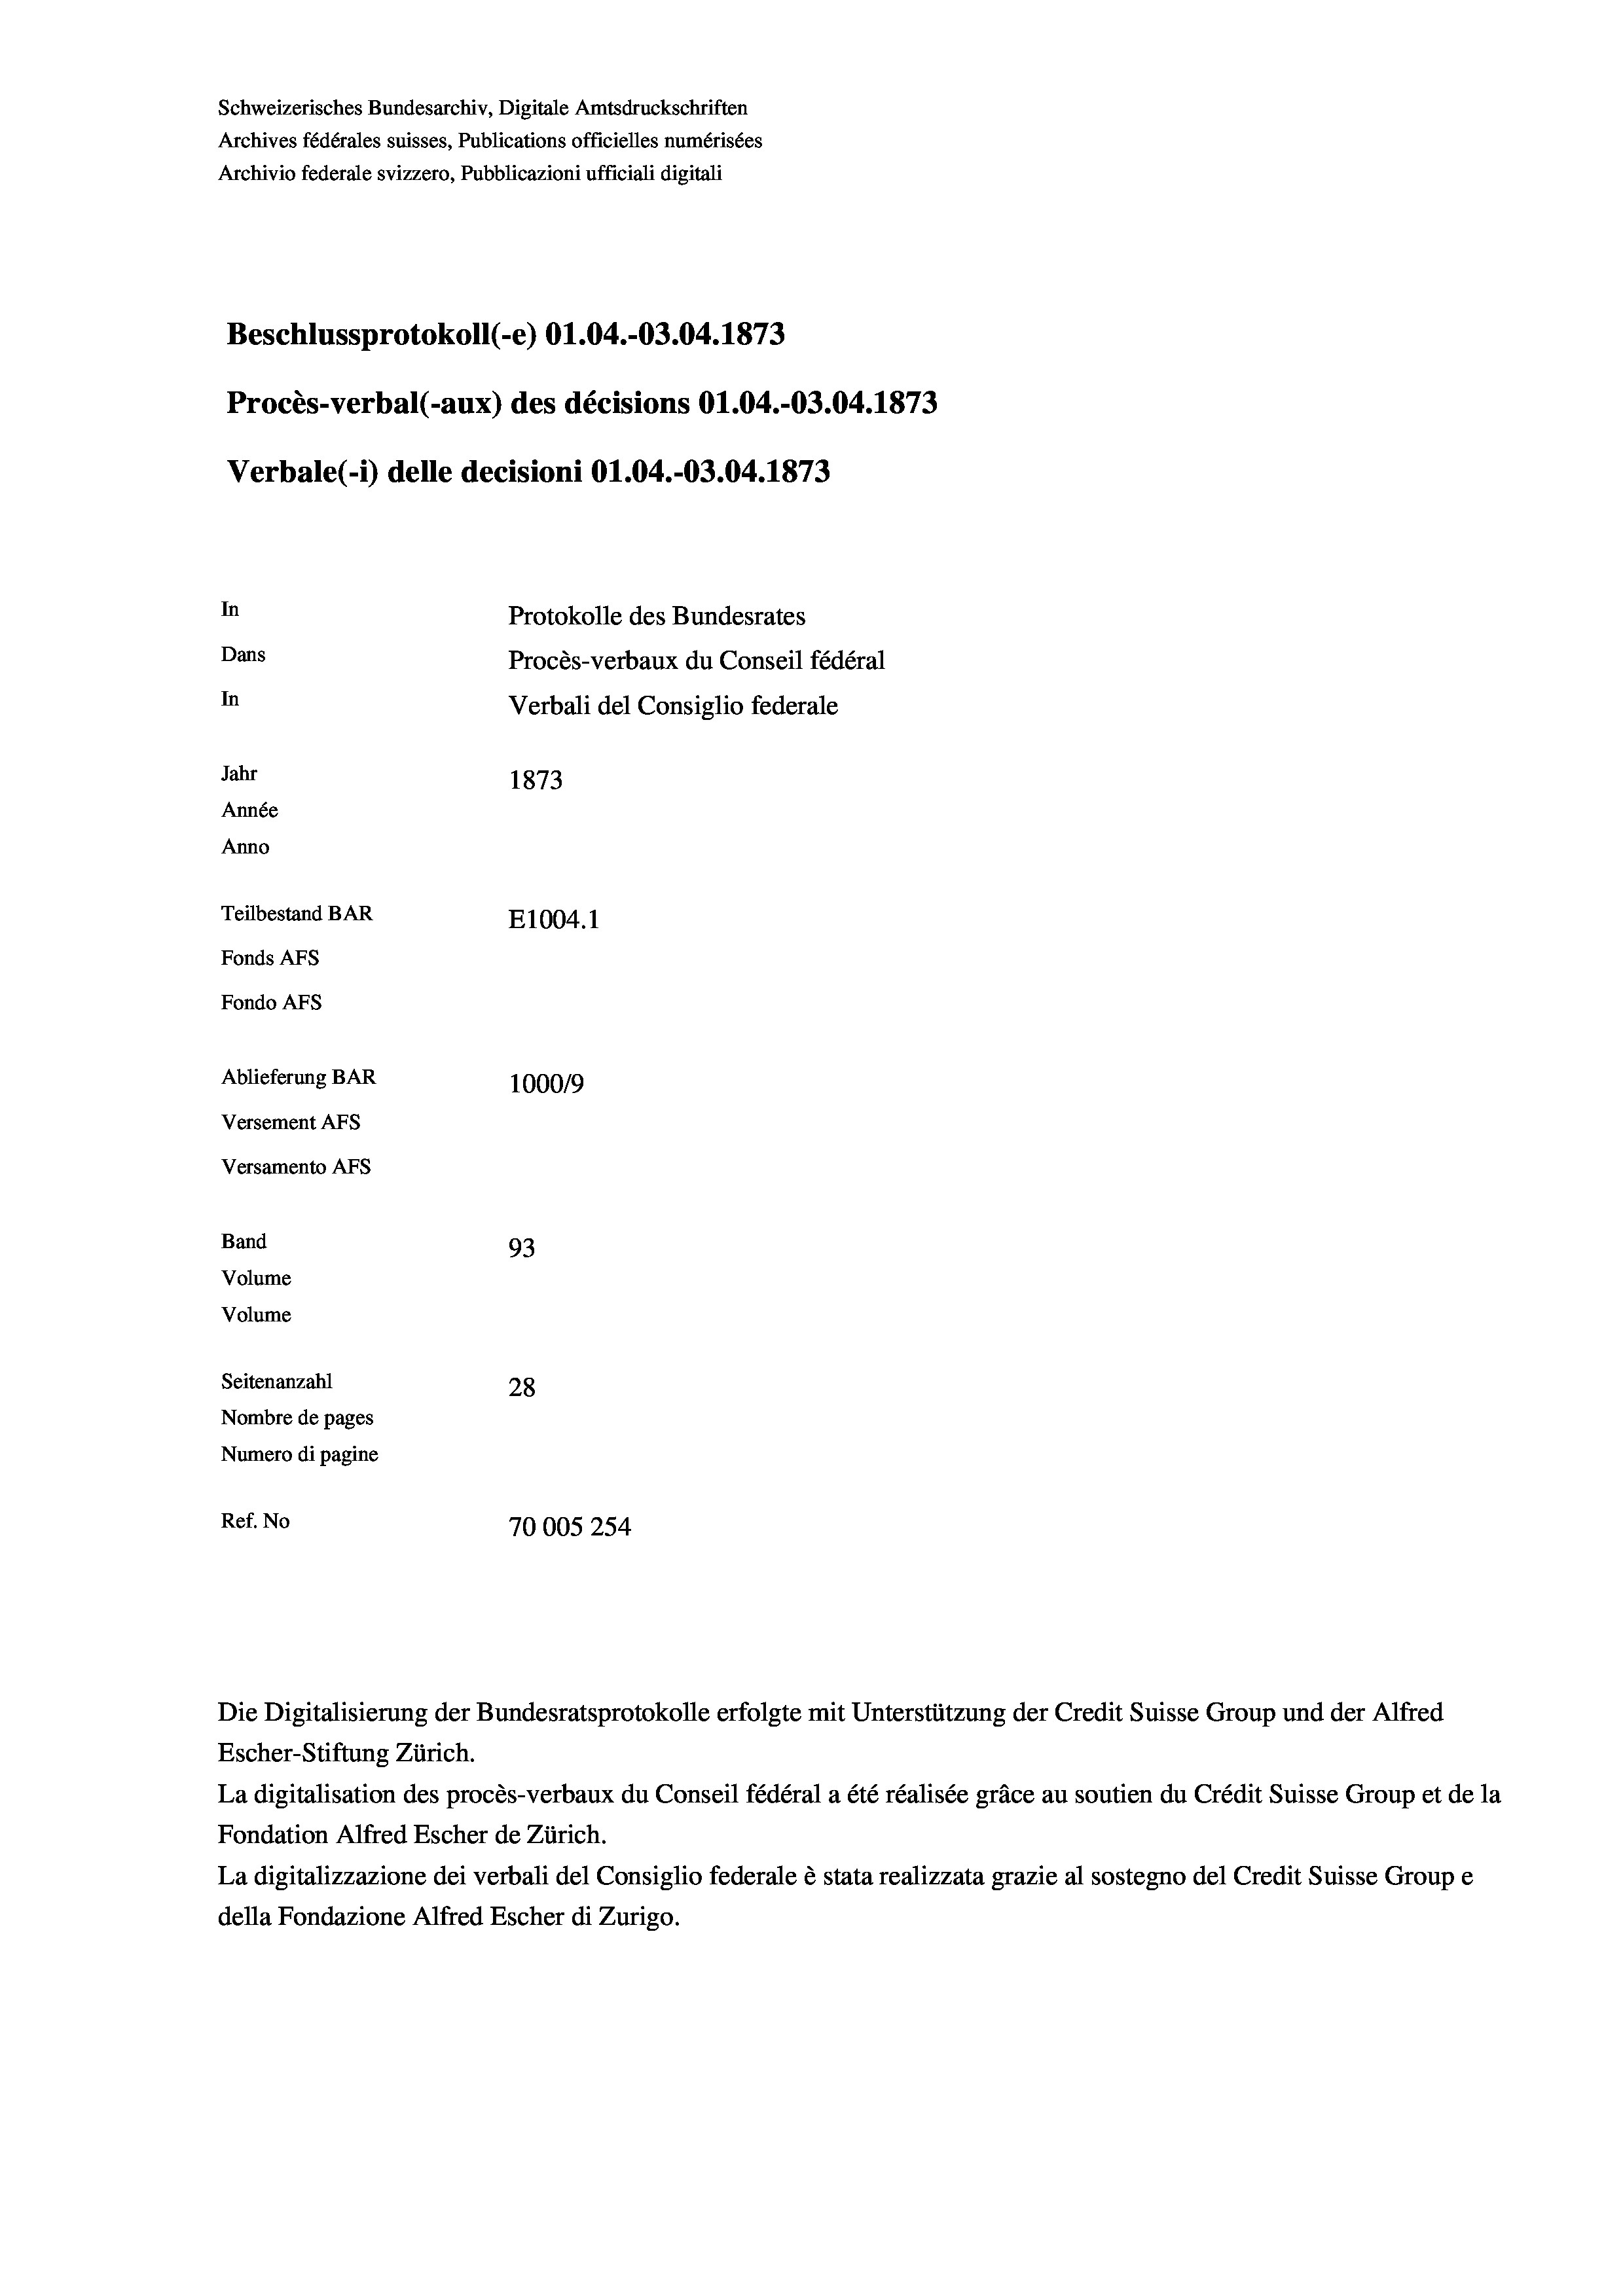
Schweizerisches Bundesarchiv, Digitale Amtsdruckschriften
Archives fédérales suisses, Publications officielles numérisées
Archivio federale svizzero, Pubblicazioni ufficiali digitali
Beschlussprotokoll (-e) O1.04.-03.04. 1873
Procès-verbal (-aux) des décisions O1.04.-03.04. 1873
Verbale (- 1) delle decisioni O1.04.-03.04. 1873
In
Protokolle des Bundesrates
Dans
Procès-verbaux du Conseil fédéral
In
Verbali del Consiglio federale
Jahr
1873
Année
Anno
Teilbestand BAR
E1004. 1
Fonds AFs
Fondo AFS
Ablieferung BAR
100019
Versement AFs
Versamento AFs
Band
93
Volume
Volume
Seitenanzahl
28
Nombre de pages
Numero di pagine
Ref. No
70005254

Escher-Stiftung Zürich.
La digitalisation des procès-verbaux du Conseil fédéral a été réalisée gräce au soutien du Crédit Suisse Group et de la
Fondation Alfred Escher de Zürich.
La digitalizzazione dei verbali del Consiglio federale è stata realizzata grazie al sostegno del Credit Suisse Groupe
della Fondazione Alfred Escher di Zurigo.

Die Digitalisierung der Bundesratsprotokolle erfolgte mit Unterstützung der Credit Suisse Group und der Alfred